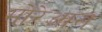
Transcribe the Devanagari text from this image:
मोरेआस